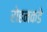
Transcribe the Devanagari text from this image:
रोहनकडे